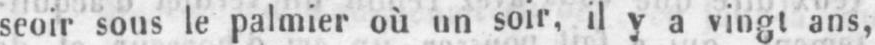
seoir sous le palmier où un soir, il y a vingt ans,